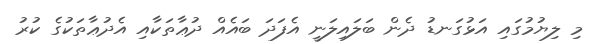
މި ލިޔުމުގައި އަޅުގަނޑު ދެން ބަލައިލަނީ އެފަދަ ބައެއް ދުޢާތަކާއި އެދުޢާތަކުގެ ކުރު